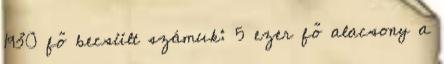
1930 fő becsült számuk: 5 ezer fő alacsony a